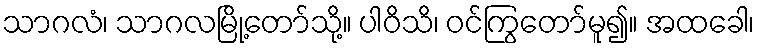
သာဂလံ၊ သာဂလမြို့တော်သို့။ ပါဝိသိ၊ ဝင်ကြွတော်မူ၍။ အထခေါ၊